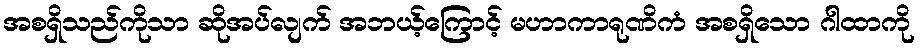
အစရှိသည်ကိုသာ ဆိုအပ်လျက် အဘယ့်ကြောင့် မဟာကာရုဏိကံ အစရှိသော ဂါထာကို